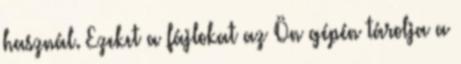
használ. Ezeket a fájlokat az Ön gépén tárolja a